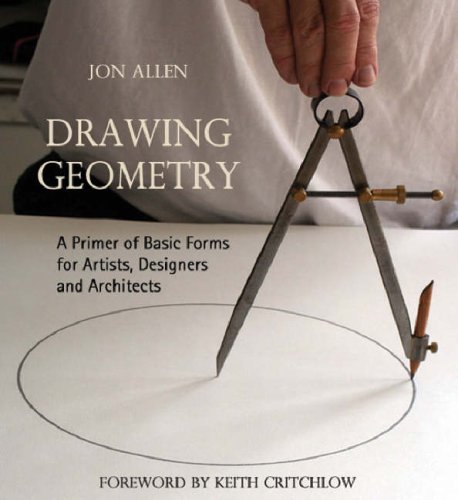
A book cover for Drawing Geometry: A Primer of Basic Forms for Artists, Designers and Architects; Arts & Photography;